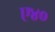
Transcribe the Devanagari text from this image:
ए४०